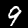
Label: 9